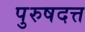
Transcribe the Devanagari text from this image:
पुरुषदत्त